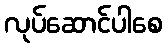
လုပ်ဆောင်ပါစေ